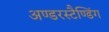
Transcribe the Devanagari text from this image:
अण्डरस्टैण्डिंग